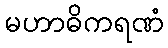
မဟာဓိကရဏံ